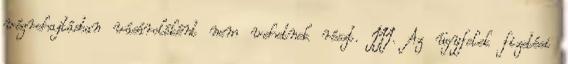
végrehajtásban vásárolóként nem vehetnek részt. III. Az ügyfelek fizetési